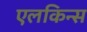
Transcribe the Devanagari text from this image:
एलकिन्स